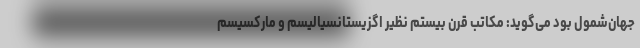
جهان‌شمول بود می‌گوید: مکاتب قرن بیستم نظیر اگزیستانسیالیسم و مارکسیسم